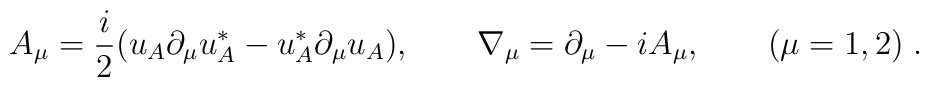
A_\mu = \frac{i}{2}( u_A \partial_\mu u^*_A-u^*_A \partial_\mu u_A),\qquad \nabla_\mu = \partial_\mu - i A_\mu, \qquad (\mu = 1,2)\;.